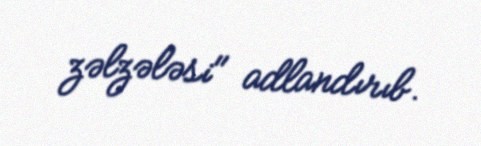
zəlzələsi" adlandırıb.